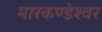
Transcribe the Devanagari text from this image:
मारकण्डेश्वर